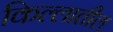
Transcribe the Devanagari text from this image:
किल्लातील